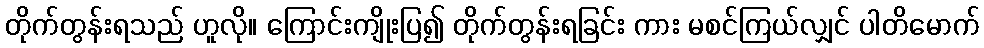
တိုက်တွန်းရသည် ဟူလို။ ကြောင်းကျိုးပြ၍ တိုက်တွန်းရခြင်း ကား မစင်ကြယ်လျှင် ပါတိမောက်